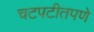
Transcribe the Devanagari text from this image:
चटपटीतपणे